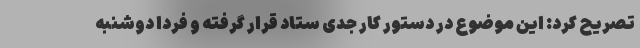
تصریح کرد: این موضوع در دستور کار جدی ستاد قرار گرفته و فردا دوشنبه